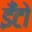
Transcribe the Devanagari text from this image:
ईँटो